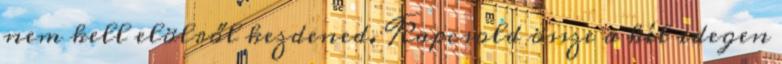
nem kell elölről kezdened. Kapcsold össze a két idegen